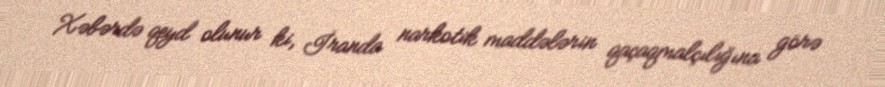
Xəbərdə qeyd olunur ki, İranda narkotik maddələrin qaçaqmalçılığına görə